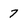
Character: 7